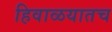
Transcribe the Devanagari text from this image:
हिवाळयातच